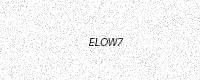
Text: ELOW7